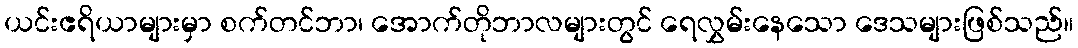
ယင်းဧရိယာများမှာ စက်တင်ဘာ၊ အောက်တိုဘာလများတွင် ရေလွှမ်းနေသော ဒေသများဖြစ်သည်။